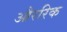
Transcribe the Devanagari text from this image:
औररिक